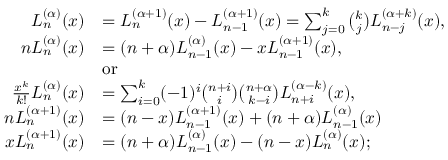
{ \begin{array} { r l } { L _ { n } ^ { ( \alpha ) } ( x ) } & { = L _ { n } ^ { ( \alpha + 1 ) } ( x ) - L _ { n - 1 } ^ { ( \alpha + 1 ) } ( x ) = \sum _ { j = 0 } ^ { k } { \binom { k } { j } } L _ { n - j } ^ { ( \alpha + k ) } ( x ) , } \\ { n L _ { n } ^ { ( \alpha ) } ( x ) } & { = ( n + \alpha ) L _ { n - 1 } ^ { ( \alpha ) } ( x ) - x L _ { n - 1 } ^ { ( \alpha + 1 ) } ( x ) , } \\ & { { \mathrm { o r ~ } } } \\ { { \frac { x ^ { k } } { k ! } } L _ { n } ^ { ( \alpha ) } ( x ) } & { = \sum _ { i = 0 } ^ { k } ( - 1 ) ^ { i } { \binom { n + i } { i } } { \binom { n + \alpha } { k - i } } L _ { n + i } ^ { ( \alpha - k ) } ( x ) , } \\ { n L _ { n } ^ { ( \alpha + 1 ) } ( x ) } & { = ( n - x ) L _ { n - 1 } ^ { ( \alpha + 1 ) } ( x ) + ( n + \alpha ) L _ { n - 1 } ^ { ( \alpha ) } ( x ) } \\ { x L _ { n } ^ { ( \alpha + 1 ) } ( x ) } & { = ( n + \alpha ) L _ { n - 1 } ^ { ( \alpha ) } ( x ) - ( n - x ) L _ { n } ^ { ( \alpha ) } ( x ) ; } \end{array} }